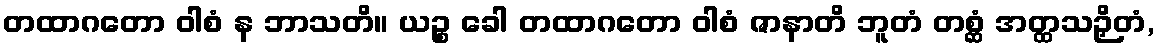
တထာဂတော ဝါစံ န ဘာသတိ။ ယဉ္စ ခေါ တထာဂတော ဝါစံ ဇာနာတိ ဘူတံ တစ္ဆံ အတ္ထသဉှိတံ,